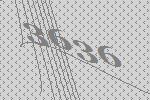
3636